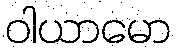
ဝါယာမော